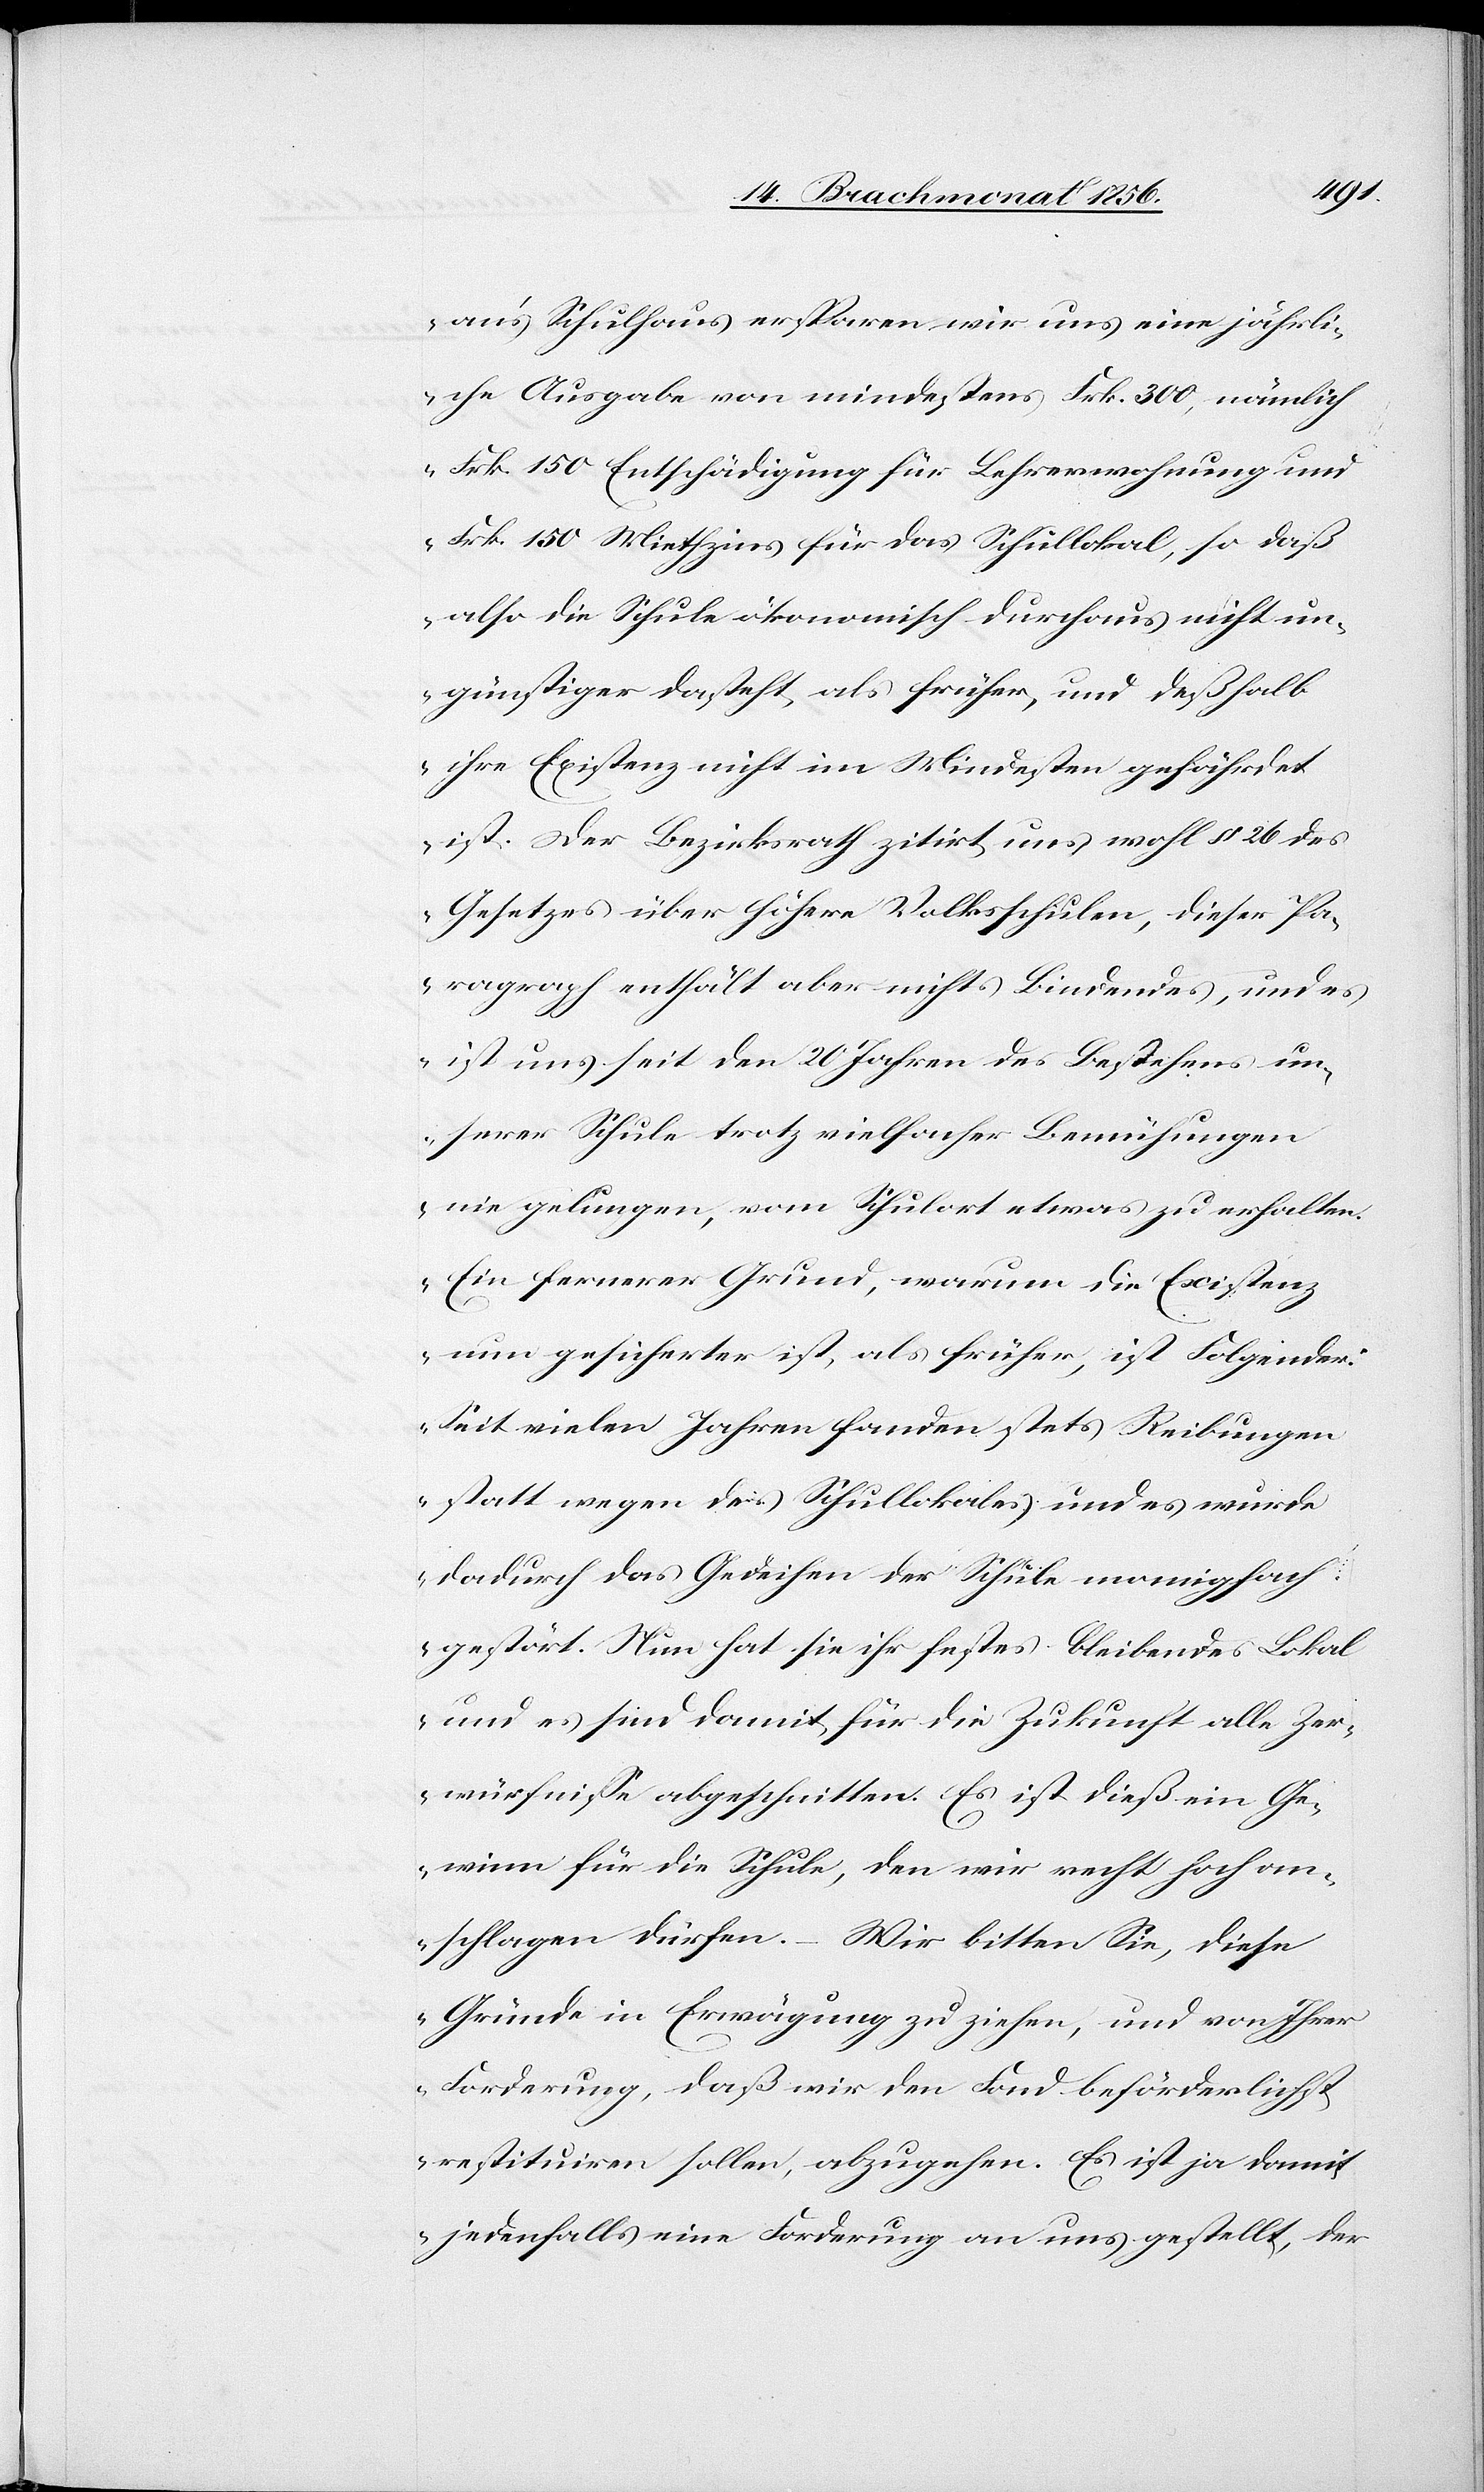
an's Schulhaus ersparen wir uns eine jährli¬
che Ausgabe von mindestens Frk. 300, nämlich
Frk. 150 Entschädigung für Lehrerwohnung und
Frk. 150 Mietzins für das Schullokal, so daß
also die Schule ökonomisch durchaus nicht un¬
günstiger dasteht, als früher, und deßhalb
ihre Existenz nicht im Mindesten gefährdet
ist. Der Bezirksrath zitirt uns wohl § 26 des
Gesetzes über höhere Volksschulen, dieser Pa¬
ragraph enthält aber nicht Bindendes, und es
ist uns seit den 20 Jahren des Bestehens un¬
serer Schule trotz vielfacher Bemühungen
nie gelungen, vom Schulort etwas zu erhalten.
Ein fernerer Grund, warum die Existenz
nun gesicherter ist, als früher, ist Folgender:
Seit vielen Jahren fanden stets Reibungen
statt wegen des Schullokales und es wurde
dadurch das Gedeihen der Schule manigfach
gestört. Nun hat sie ihr festes bleibendes Lokal
und es sind damit für die Zukunft alle Zer¬
würfnisse abgeschnitten. Es ist dieß ein Ge¬
winn für die Schule, den wir recht hoch an¬
schlagen dürfen. – Wir bitten Sie, diese
Gründe in Erwägung zu ziehen, und von Ihrer
Forderung, daß wir den Fond beförderlichst
restituiren sollen, abzugehen. Es ist ja damit
jedenfalls eine Forderung an uns gestellt, der